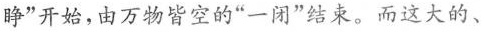
睁”开始，由万物皆空的”一闭”结束。而这大的、